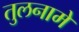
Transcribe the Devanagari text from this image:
तुलनामे